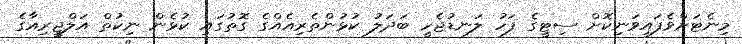
މިނެޓަށްވެފައިވަނިކޮށް ސިޓީގެ ފަހު ލަނޑުޖެހީ ބަދަލު ކުޅުންތެރިއެއްގެ ގޮތުގައި ކުޅެން ނިކުތް އަލްޖީރިއާގެ